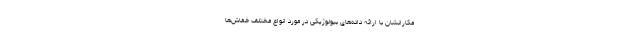
مکارانشان با ارائه داده‌های بیولوژیکی در مورد انواع مختلف خفاش‌ها